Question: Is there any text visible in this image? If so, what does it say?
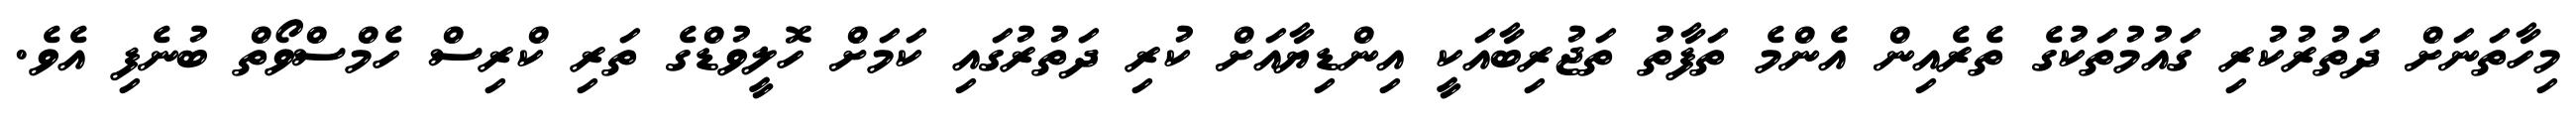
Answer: މިހާތަނަށް ދަތުރުކުރި ގައުމުތަކުގެ ތެރެއިން އެންމެ ތަފާތު ތަޖުރިބާއަކީ އިންޑިޔާއަށް ކުރި ދަތުރުގައި ކަމަށް ހޮލީވުޑްގެ ތަރި ކްރިސް ހެމްސްވޯތް ބުނެފި އެވެ.